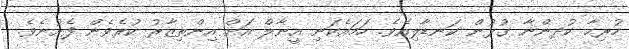
ހުރިހާ ކުދންނާ ގުޅުން ކަނޑާލިއެވެ. ހަމައެކަނި އީނާލް އަށް އިންތިޒާރު ކުރެވެން ފެށުނެވެ.